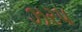
ઝરપ